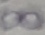
Text: 8